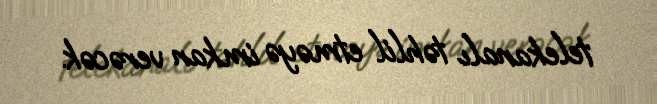
telekanalı təhlil etməyə imkan verəcək.